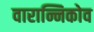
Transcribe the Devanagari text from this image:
वारान्निकोव